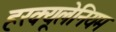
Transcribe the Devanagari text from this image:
हरक्यूलेनियम